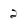
Character: 2